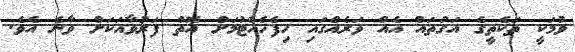
ވުމަކީ ތަކެތީގެ އަގުތައް އެއް ވަރެއްގައި ހިފެހެއްޓުމަށް އޮތް ފަރުވާއަކަށް ވާނެ އެވެ.